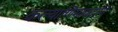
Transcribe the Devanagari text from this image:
कल्याणिमावदानि